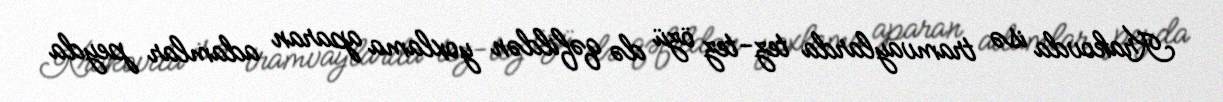
Krakovda isə tramvaylarda tez-tez özü də qəfildən yoxlama aparan adamlar peyda